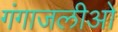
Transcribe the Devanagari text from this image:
गंगाजलीओ